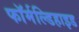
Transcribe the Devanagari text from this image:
फॉर्मल्डिहाइड